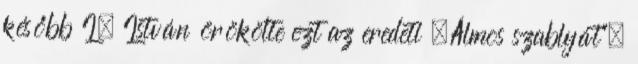
később I. István örökölte ezt az eredeti „Álmos szablyát”,